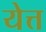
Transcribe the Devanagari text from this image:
येत्त